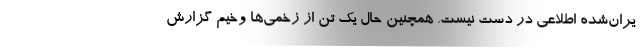
یران‌شده اطلاعی در دست نیست. همچنین حال یک تن از زخمی‌ها وخیم گزارش